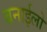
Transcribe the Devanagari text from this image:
बनाईलो